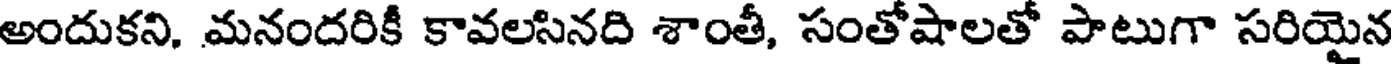
అందుకని, మనందరికీ కావలసినది శాంతీ, సంతోషాలతో పాటుగా సరియైన